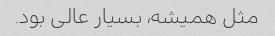
مثل همیشه، بسیار عالی بود.